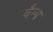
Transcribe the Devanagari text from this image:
वैम्प